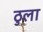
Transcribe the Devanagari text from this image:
ठुला